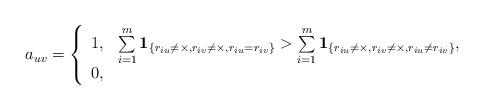
LaTeX: \begin{align*}a_{uv}=\left\{\begin{array}{ll}1,&\sum\limits_{i=1}^{m}\bold{1}_{\{r_{iu}\neq\times,r_{iv}\neq\times,r_{iu}=r_{iv}\}}>\sum\limits_{i=1}^{m}\bold{1}_{\{r_{iu}\neq\times,r_{iv}\neq\times,r_{iu}\neq r_{iv}\}},\\0,&\quad\end{array}\right.\end{align*}